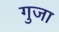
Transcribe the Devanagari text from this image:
गुजा